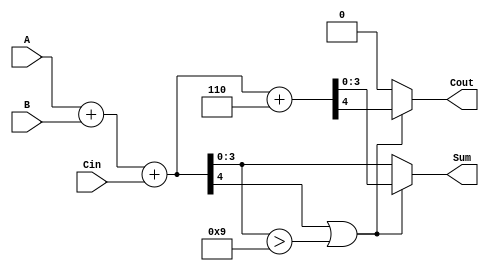
module BCD_Parallel_Adder (
    input  [3:0] A,      // First BCD digit
    input  [3:0] B,      // Second BCD digit
    input        Cin,     // Carry-in
    output reg [3:0] Sum, // Resulting BCD digit
    output reg Cout       // Carry-out
);
    
    wire [4:0] S;        // Intermediate sum (5 bits)
    wire need_correction; // Flag for correction needed

    // Step 1: Compute the initial sum
    assign S = A + B + Cin; // 4-bit + 4-bit + 1-bit = 5-bit result

    // Step 2: Determine if correction is needed
    assign need_correction = S[4] || (S[3:0] > 4'b1001);

    // Step 3: BCD Correction Logic
    always @(*) begin
        if (need_correction) begin
            // Add 6 (0110 in binary) to S
            {Cout, Sum} = S + 5'b00110; // Perform correction
        end else begin
            // No correction needed
            Cout = 0;
            Sum = S[3:0]; // Assign lower 4 bits
        end
    end

endmodule